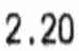
2.20